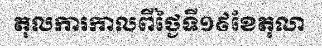
តុលការកាលពីថ្ងៃទី១៩ខែតុលា